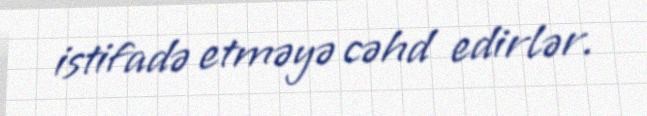
istifadə etməyə cəhd edirlər.